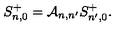
S _ { n , 0 } ^ { + } = { \cal A } _ { n , n ^ { \prime } } S _ { n ^ { \prime } , 0 } ^ { + } .